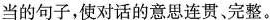
当的句子,使对话的意思连贯、完整。